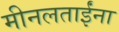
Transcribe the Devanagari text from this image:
मीनलताईंना